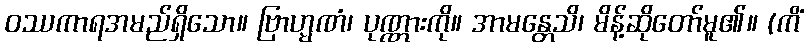
ဝဿကာရအမည်ရှိသော။ ဗြာဟ္မဏံ၊ ပုဏ္ဏားကို။ အာမန္တေသိ၊ မိန့်ဆိုတော်မူ၏။ (ကိံ